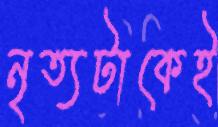
নৃত্যটাকেই